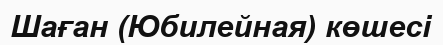
Шаған (Юбилейная) көшесі